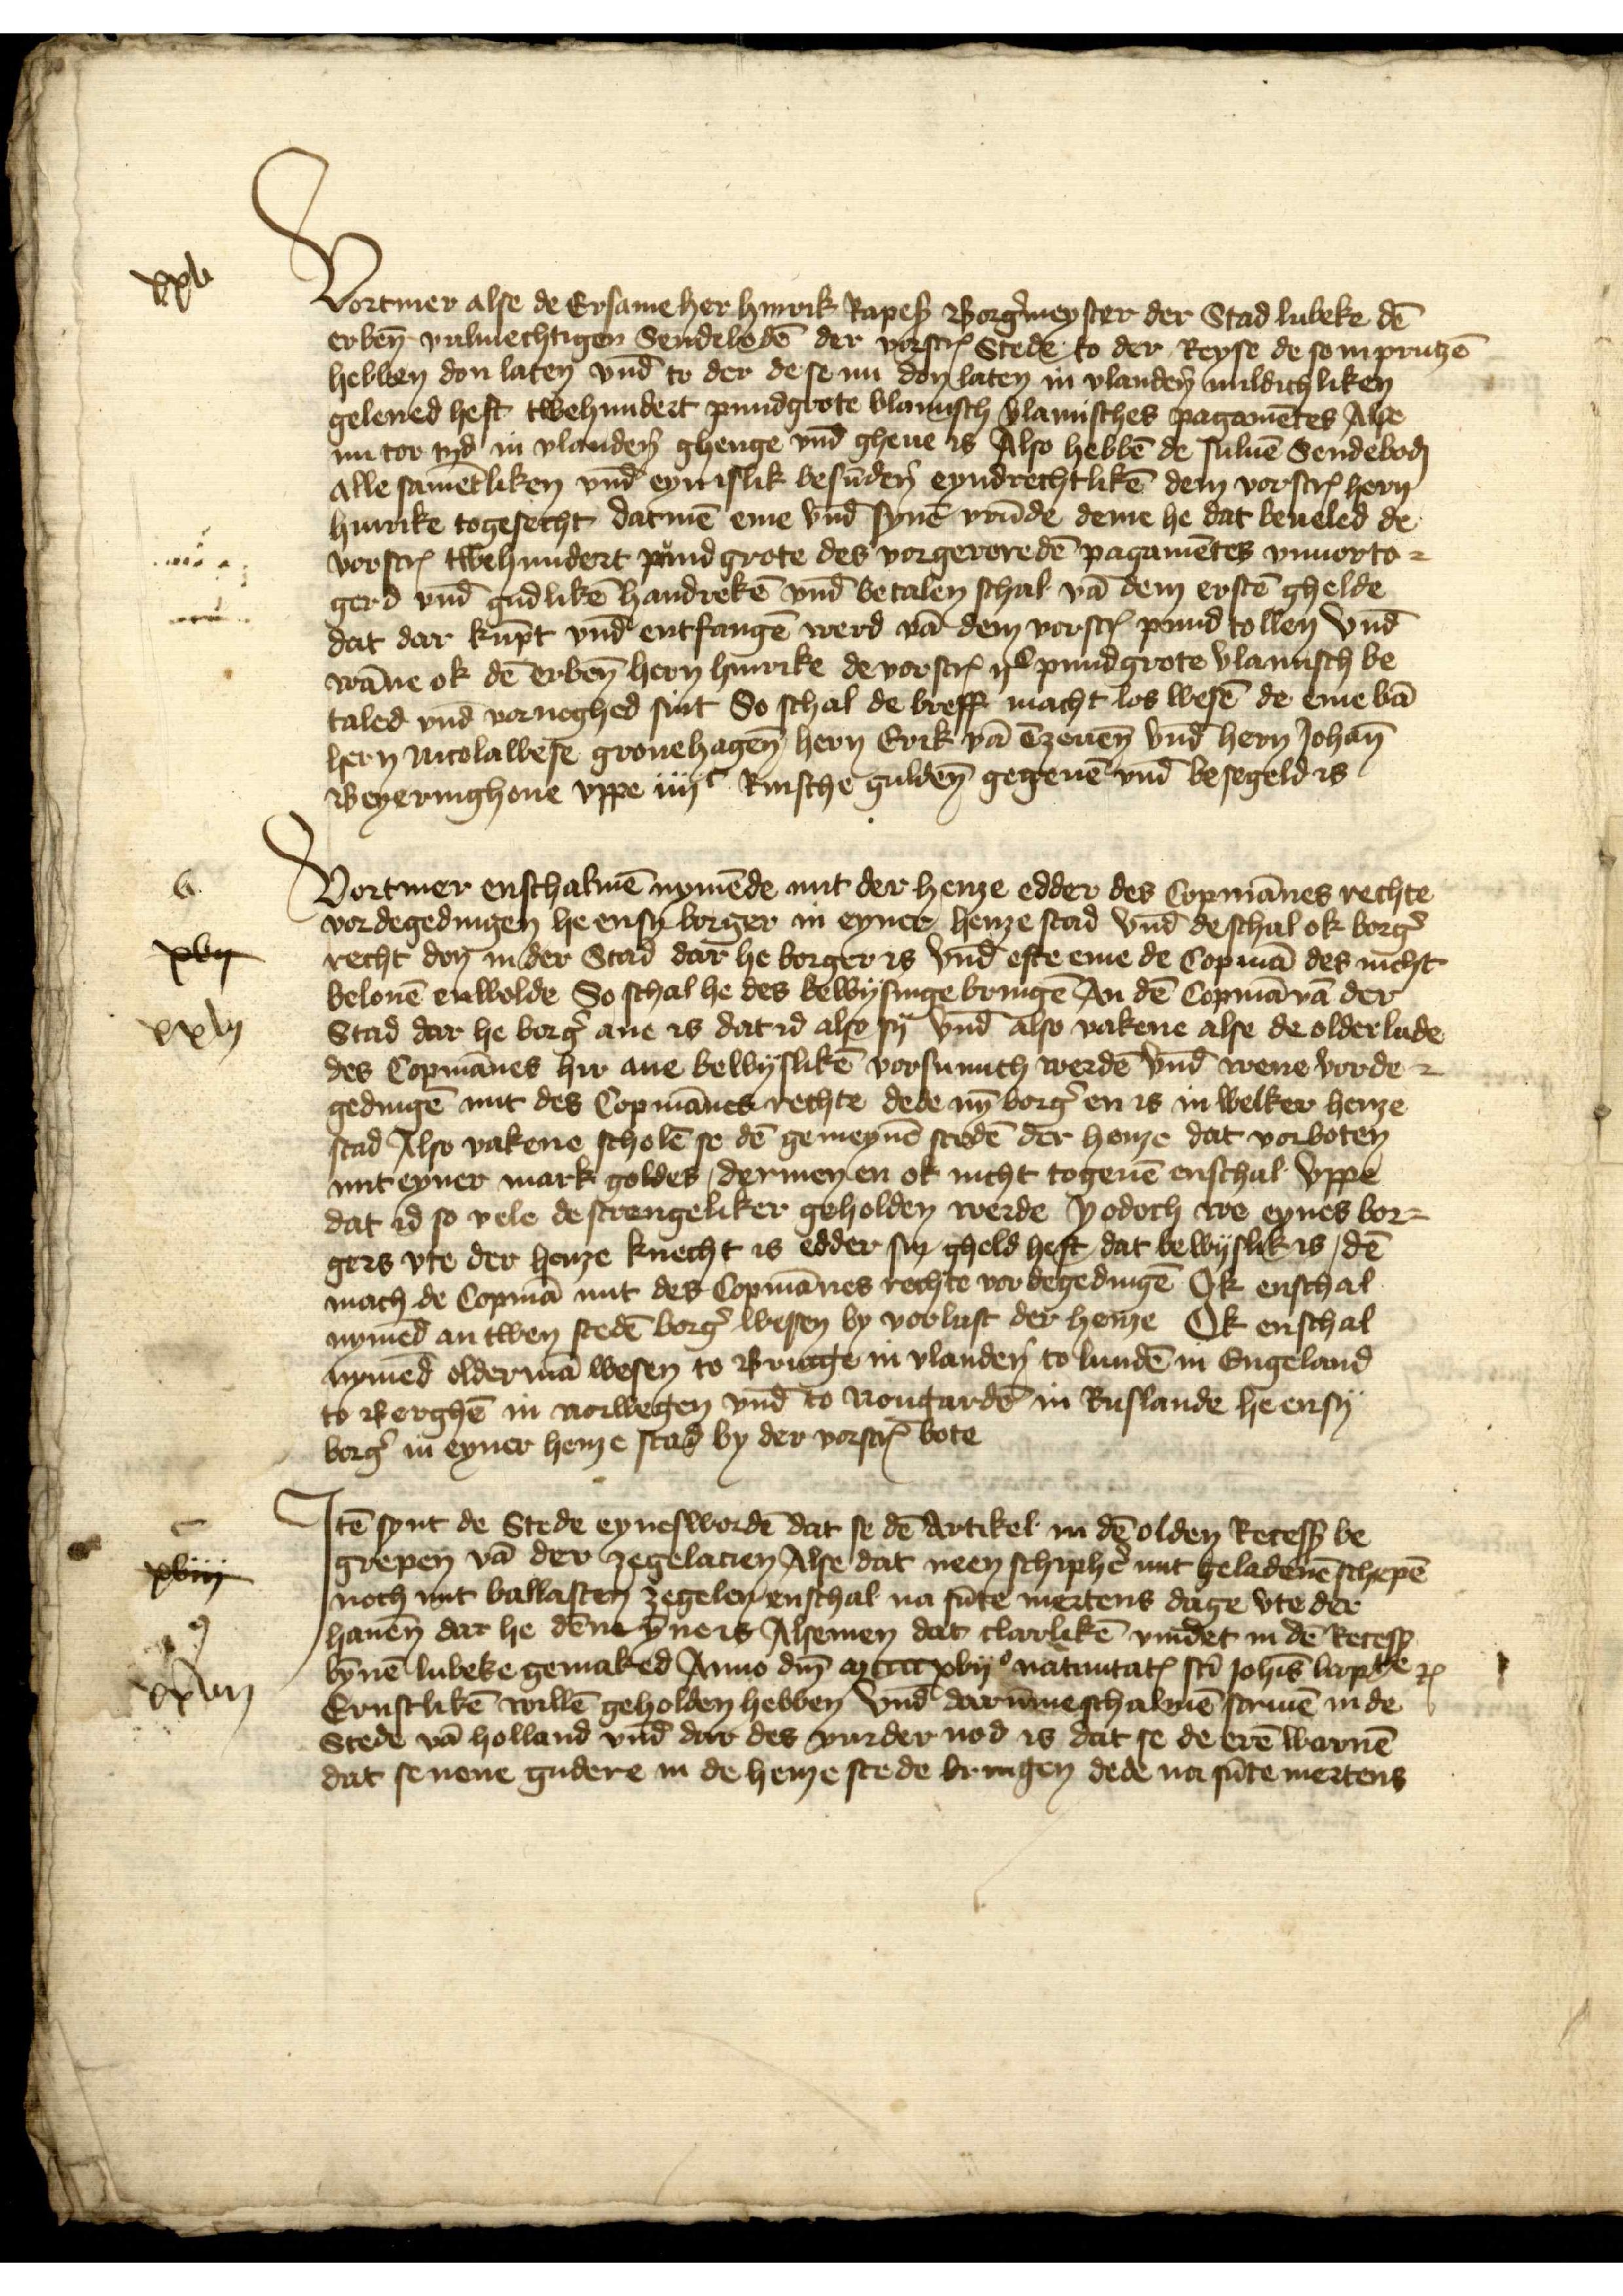
xxv

Vortmer alse de Ersame her Hinrik Rapes Borg̉meyster der Stad Lubeke dē
erben̄ vulmechtigen Sendebodē der vorscrꝬ Stede to der Reyse de so in Prutzē
hebben don laten vnd̄ to der de se nu don laten in Vlandẻn mildichliken
gelened heft twehundert pundgrote Vlamisch Vlamisches pagamētes Alse
nu tor tyd in Vlandẻn ghenge vnd̄ gheue is Also hebbē de suluē Sendeboḑ
alle samētliken vnd̄ eyn islik besūdẻn eyndrechtlikē dem vorscrꝬ hern
Hinrike togesecht datmē eme vnd̄ synē vrūde deme he dat beueled de
vorscrꝬ twehundert pundgrote des vorgeroredē Pagamētes vnuorto¬
gerd vnd̄ gudlikē handrekē vnd̄ betalen schal vā dem erstē ghelde
dat dar kūpt vnd̄ entfangē werd vā dem vorscrꝬ pund tollen vnd̄
wāne ok dē erben̄ hern Hinrike de vorscrꝬ ijc pundgrote Vlamisch be¬
taled vnd̄ voruoghed sint So schal de breff macht los wesē de eme vā
hern Nicolawese Gronehagen hern Erik vā Tzeuen̄ vnd̄ hern Johan
Beyeringhoue vppe iiijc Rinsche gulden̄ gegeuē vnd̄ besegeld is

xvij
xxvj

Vortmer enschalmē nymēde mit der henze edder des Copmānes rechte
vordegedungen he en sy borger in eyner henze stad vnde de schal ok borgẻ
recht don in der Stad dar he borger is vnd̄ efte eme de Copmā des nicht
belouē enwolde So schal he des bewysinge bringē an dē Copmā na der
Stad dar he borg̉ ane is dat id also sy vnd̄ also vakene alse de olderlude
des Copmānes hir ane bewislikē vorsumich werdē vnd̄ were vorde¬
gedinge mit des Copmānes rechte dede nȳ borg̉ en is in welker henze
stad Also vakene scholē se dē gemeynē stedē der henze dat vorboten
mit eyner mark goldes, der men en ok nicht togeuē enschal vppe
dat id so vele de strengeliker geholden werde Jodoch we eynes bor¬
gers vte der henze knecht is edder sin gheld heft, dat bewyslik is dē
mach de Copmā mit des Copmānes rechte vordegedingē Ok enschal
nymēd an twen stedē borg̉ wesen by vorlust der henze Ok enschal
nymēd oldermā wesen to Brucge in Vlandẻn to Lundē in Engeland
to Berghē in Norwegen vnd to Nougardẻ in Ruslande he ensy
borg̉ in eyner henze stad by der vorscrꝬ bote

xvi
xxvij

J

Jtē synt de Stede eyneswordē dat se dē Artikel in dē olden Recess be¬
grepen vā der zegelacien Alse dat neen schiphẻ mit geladenē schepē
noch mit ballasten zegelen enschal na sūte mertens dage vte der
hauen̄ dar he dēne ȳne is Alsemen dat clarlikē vindet in dē Recess
bȳnē Lubeke gemaked Anno dm̄ mcccxvij natinitatꝬ sū Joh̄is Bapte
Ernstlikē willē geholden hebben vnd darūme schalmē scriuē in de
Stede vā Holland vnd̄ dar des vurder nod is dat se de erē warnē
dat se nene gudere in de henze stede bringen dede na sūte mertens